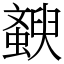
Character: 斔